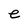
Character: e